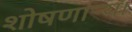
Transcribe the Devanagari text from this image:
शोषणाऱ्या